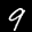
Label: 9